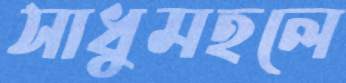
সাধুমহলে